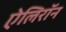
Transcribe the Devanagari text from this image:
ऐलिरॉन